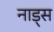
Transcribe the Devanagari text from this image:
नाड्स